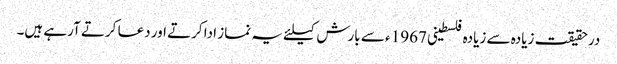
درحقیقت زیادہ سے زیادہ فلسطینی 1967 ء سے بارش کیلئے یہ نماز ادا کرتے اور دعا کرتے آرہے ہیں۔